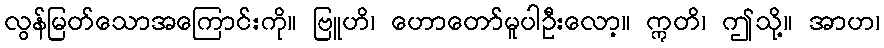
လွန်မြတ်သောအကြောင်းကို။ ဗြူဟိ၊ ဟောတော်မူပါဦးလော့။ ဣတိ၊ ဤသို့။ အာဟ၊